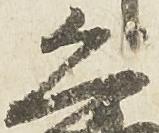
恐